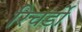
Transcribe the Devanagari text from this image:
रिचर्डो